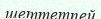
шеттетпей